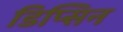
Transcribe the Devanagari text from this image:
डिप्सिन